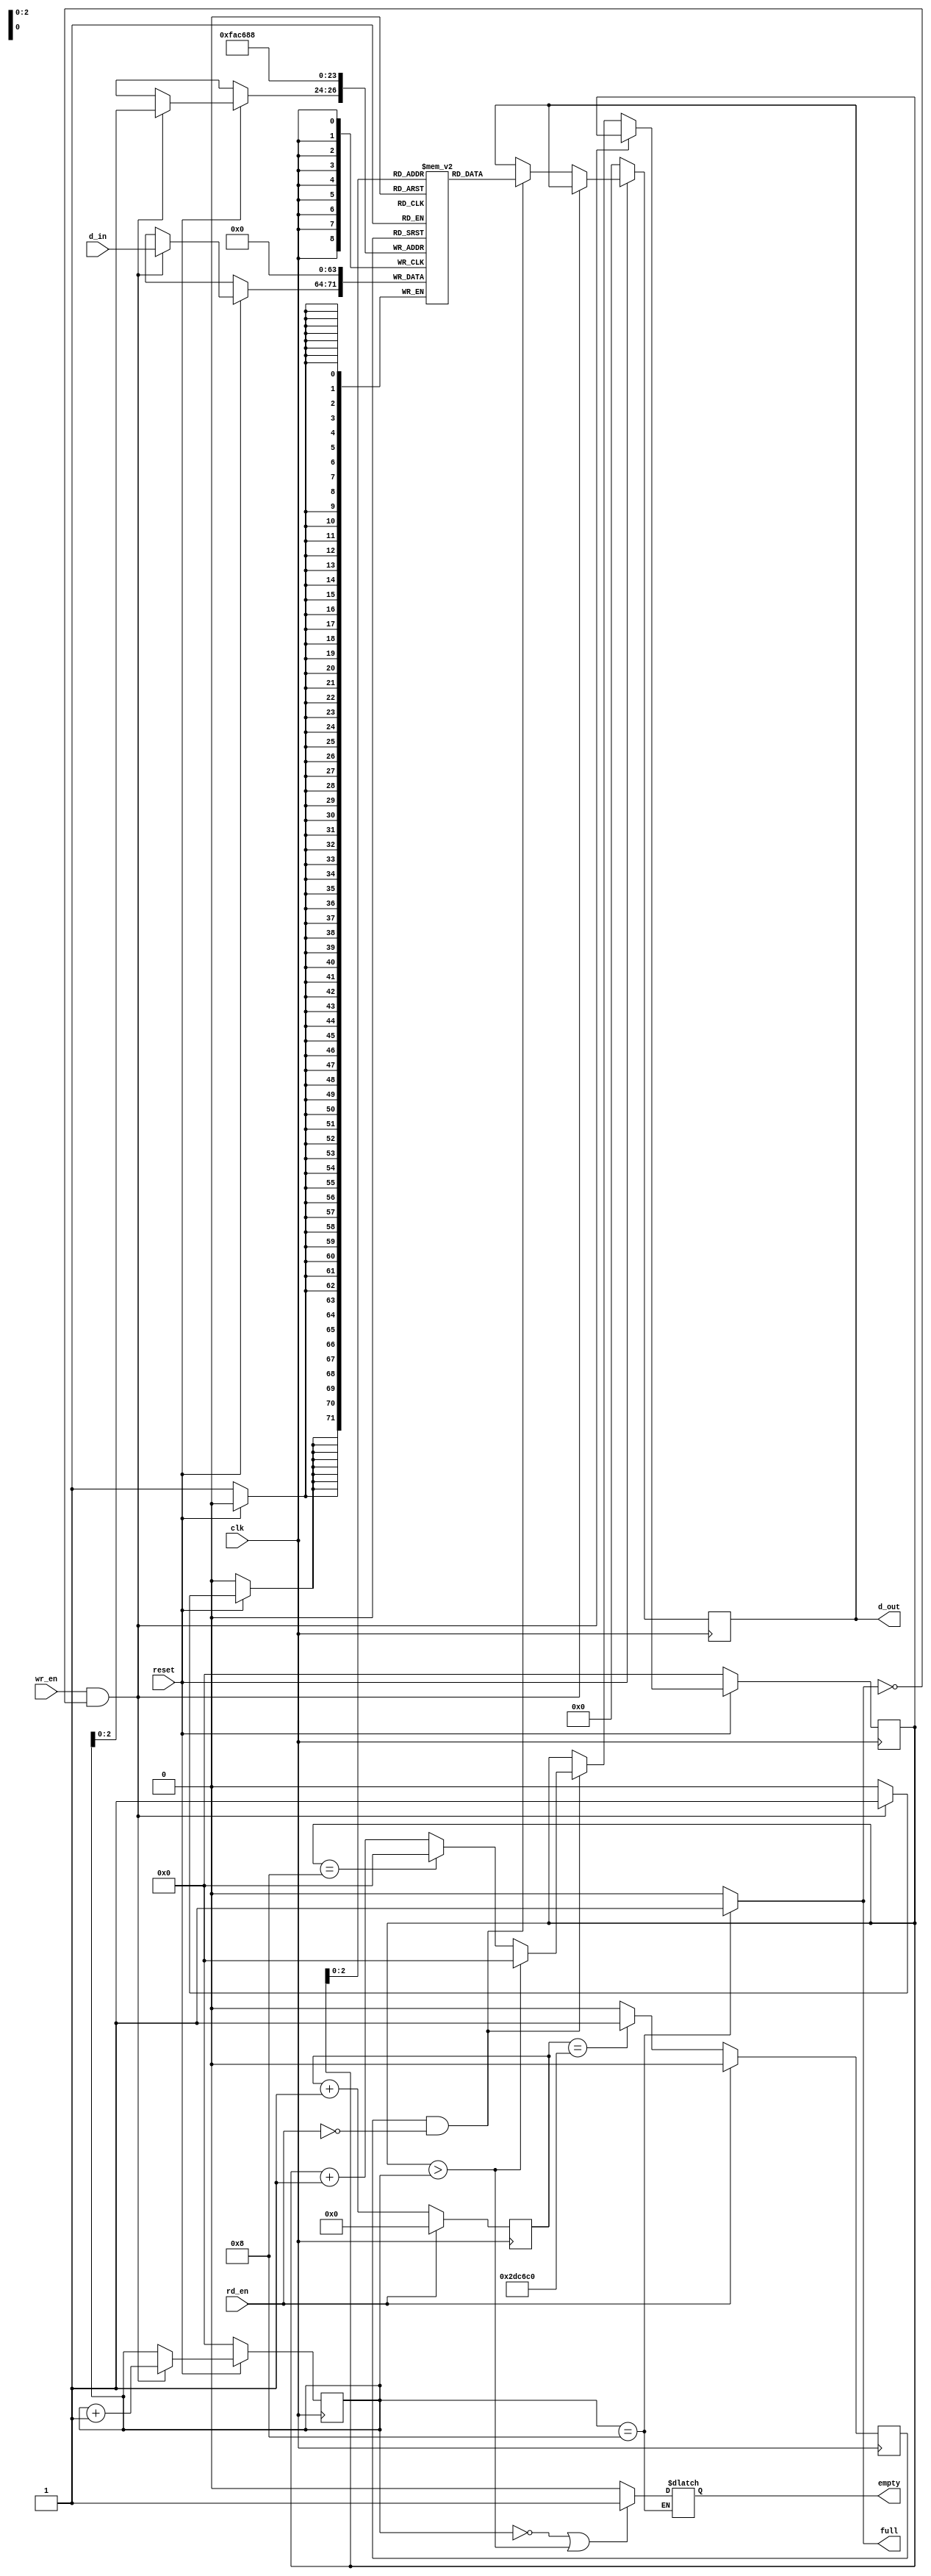
module FIFO(
    input clk, reset, wr_en, rd_en, //0 aktif
    input [7:0] d_in,
    output reg [7:0] d_out,
    output reg full, empty);
    parameter depth = 8;
    integer i;
    reg [7:0] FIFO[depth-1:0];
    
    // Debouncer:
    reg activate;
    reg [29:0] sayac;
    always @(posedge clk) begin
		if(rd_en == 0) begin
		      sayac <= sayac + 1;
		      if (sayac == 3000000) // *3000000 yap
		      	activate <= 1;
		      else activate <= 0;
		end else begin
			  sayac <= 0;
			  activate <= 0;
	    end
    end
    
    // Module:
    reg [$clog2(depth):0] point_wr; // depth'in binary hali
    reg [$clog2(depth):0] point_rd;
    always @(posedge clk) begin
        if(reset == 0) begin
            point_wr <= 0;
            point_rd <= 0;
            d_out <= 8'd0;
            for(i=0;i<depth;i=i+1) begin
                FIFO[i]<= 8'd0;
            end 
        end else if(wr_en == 1 && full == 0) begin
            FIFO[point_wr] <= d_in;
            point_wr <= point_wr +1;
        end else if(activate==1 && rd_en == 0) begin
            
            d_out <= FIFO[point_rd];
            point_rd <= point_rd +1;
            if (point_rd>point_wr) point_rd <= 0;
            else if (point_rd == depth) point_rd <= 0;
        end 
    end 
    
    // Full ve empty 
    always @(*) begin
        if (point_wr == (depth))
            full= 1'b1;
        else if (point_wr == 0 || (point_rd>point_wr)) begin
            empty= 1'b1;
			full= 1'b0;
        end else begin
            full= 1'b0;
            empty= 1'b0; end
    end
endmodule